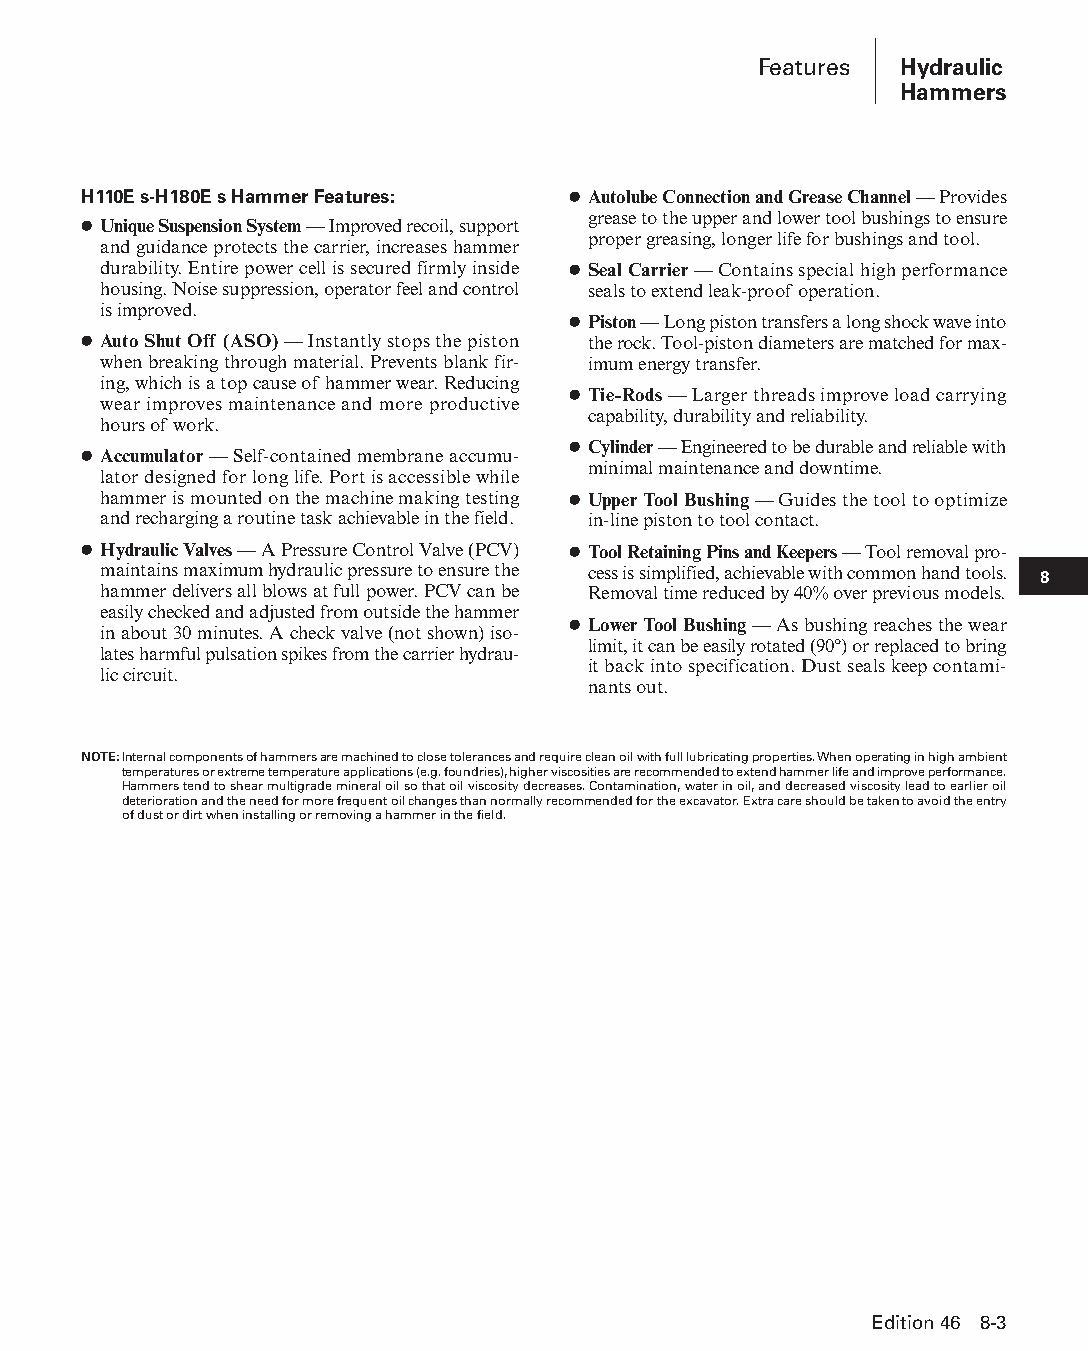
Features Hydraulic
 Hammers
 H110E s-H180E s Hammer Features: ● Autolube Connection and Grease Channel — Provides
 grease to the upper and lower tool bushings to ensure
 ● Unique Suspension System — Improved recoil, support
 proper greasing, longer life for bushings and tool.
 and guidance protects the carrier, increases hammer
 durability. Entire power cell is secured firmly inside ● Seal Carrier — Contains special high performance
 housing. Noise suppression, operator feel and con trol seals to extend leak-proof operation.
 is improved.
 ● Piston — Long piston transfers a long shock wave into
 ● Auto Shut Off (ASO) — Instantly stops the piston the rock. Tool-piston diameters are matched for max-
 when breaking through material. Prevents blank fir- i mum energy transfer.
 ing, which is a top cause of hammer wear. Reducing
 ● Tie-Rods — Larger threads improve load carrying
 wear improves maintenance and more productive
 capa bility, durability and reliability.
 hours of work.
 ● Cylinder — Engineered to be durable and reliable with
 ● Accumulator — Self-contained membrane accu mu-
 minimal maintenance and downtime.
 lator designed for long life. Port is accessible while
 hammer is mounted on the machine making testing ● Upper Tool Bushing — Guides the tool to optimize
 and recharging a routine task achievable in the field. in-line piston to tool contact.
 ● Hydraulic Valves — A Pressure Control Valve (PCV) ● Tool Retaining Pins and Keepers — Tool removal pro-
 maintains maximum hydraulic pressure to ensure the cess is simplified, achievable with common hand tools. 8
 hammer delivers all blows at full power. PCV can be Removal time reduced by 40% over previous models.
 easily checked and adjusted from outside the hammer
 ● Lower Tool Bushing — As bushing reaches the wear
 in about 30 minutes. A check valve (not shown) iso-
 limit, it can be easily rotated (90°) or replaced to bring
 lates harmful pulsation spikes from the carrier hydrau-
 it back into specification. Dust seals keep contam i-
 lic circuit.
 nants out.
 NOTE: Internal components of hammers are machined to close tolerances and require clean oil with full lubricating properties. When operating in high ambient
 temperatures or extreme temperature applications (e.g. foundries), higher viscosities are recommended to extend hammer life and improve performance.
 Hammers tend to shear multigrade mineral oil so that oil viscosity decreases. Contamination, water in oil, and decreased viscosity lead to earlier oil
 deterioration and the need for more frequent oil changes than normally recommended for the excavator. Extra care should be taken to avoid the entry
 of dust or dirt when installing or removing a hammer in the field.
 Edition 46 8-3
 PPHHBB--SSeecc0088--1166..iinndddd 33                          1122//44//1155 1100::4400 AAMM